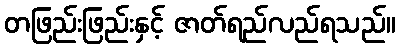
တဖြည်းဖြည်းနှင့် ဇာတ်ရည်လည်ရသည်။